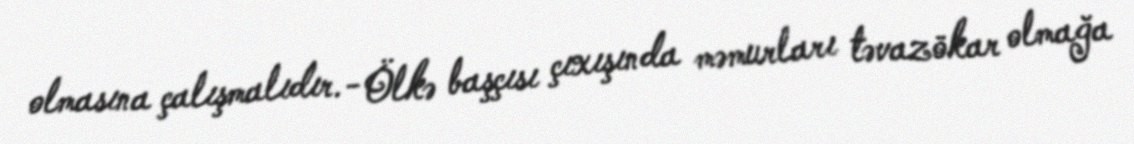
olmasına çalışmalıdır.- Ölkə başçısı çıxışında məmurları təvazökar olmağa